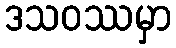
ဒသဝဿမှာ